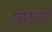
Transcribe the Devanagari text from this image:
खोटेंनाटें